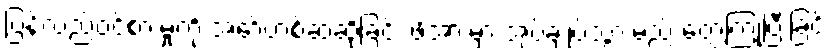
ပြန်လည်ဝင်စားမှုကို အော်ဟစ်ဆဲဆိုခြင်း ဖိအားမှာ အုပ်ချုပ်သွားမည် တွေ့ကြုံပြီးခြင်း